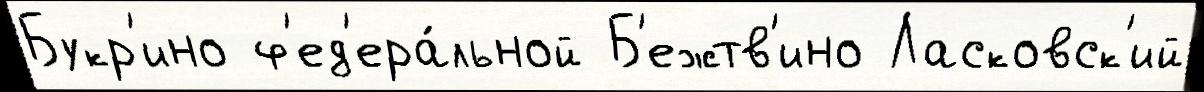
Букр'ино ф'ед'ера́льной Б'ежтв'ино Ласковск'ий